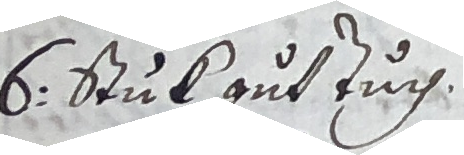
6. Stuk auf zuch.